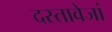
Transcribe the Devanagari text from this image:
दस्तावेजां